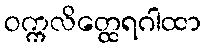
ဝက္ကလိတ္ထေရဂါထာ